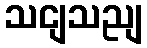
သငျသညျ